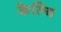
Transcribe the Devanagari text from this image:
केल्वि